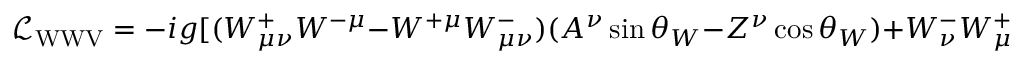
{ \mathcal { L } } _ { \mathrm { W W V } } = - i g [ ( W _ { \mu \nu } ^ { + } W ^ { - \mu } - W ^ { + \mu } W _ { \mu \nu } ^ { - } ) ( A ^ { \nu } \sin \theta _ { W } - Z ^ { \nu } \cos \theta _ { W } ) + W _ { \nu } ^ { - } W _ { \mu } ^ { + } ( A ^ { \mu \nu } \sin \theta _ { W } - Z ^ { \mu \nu } \cos \theta _ { W } ) ] .